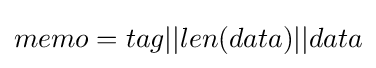
memo=tag||len(data)||data